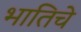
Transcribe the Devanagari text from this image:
भातिचे